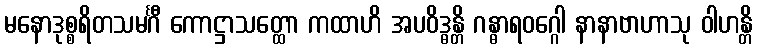
မနောဒုစ္စရိတသမင်္ဂီ ကောဋ္ဌာသတ္ထော ကထာဟိ အပဝိဒ္ဓန္တိ ဂန္ဓာရဝဂ္ဂေါ နာနာဗာဟာသု ဝါဟန္တိ